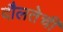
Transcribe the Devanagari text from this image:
दौलतेची